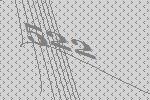
522